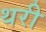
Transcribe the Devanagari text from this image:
थरी